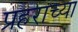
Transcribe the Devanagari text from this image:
प्रहराच्या